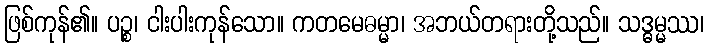
ဖြစ်ကုန်၏။ ပဉ္စ၊ ငါးပါးကုန်သော။ ကတမေဓမ္မာ၊ အဘယ်တရားတို့သည်။ သဒ္ဓမ္မဿ၊